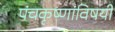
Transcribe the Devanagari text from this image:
पंचकृष्णांविषयी